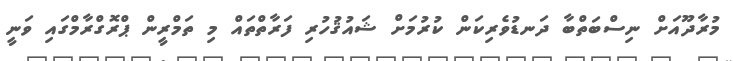
މުރާދޫއަށް ނިސްބަތްބާ ދަނޑުވެރިކަން ކުރުމަށް ޝައުޤުހުރި ފަރާތްތައް މި ތަމްރީން ޕްރޮގްރާމްގައި ވަނީ